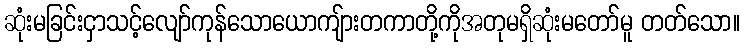
ဆုံးမခြင်းငှာသင့်လျော်ကုန်သောယောကျ်ားတကာတို့ကိုအတုမရှိဆုံးမတော်မူ တတ်သော။